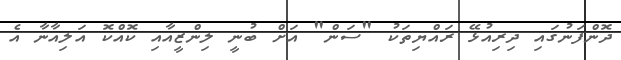
ދޮންފަނުގައި ދިރިއުޅޭ ރައްޔިތަކު "ސަން" އަށް ބުނީ ލިންޒީއާއި ކޮއްކޮ އަލިއާނާ އެ